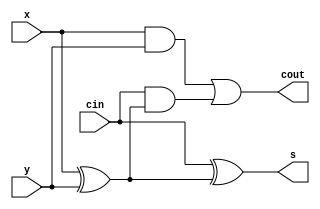
module top(x, y, cin, s, cout);
input x, y, cin;
output s, cout;

wire w1, w2, w3;

assign w1 = x & y;
assign w2 = x ^ y;
assign w3 = cin & w2;
assign cout = w1 | w3;
assign s = cin ^ w2;

endmodule